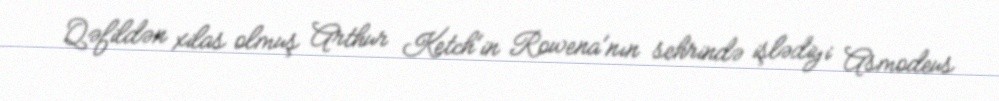
Qəfildən xilas olmuş Arthur Ketch'in Rowena'nın sehrində işlədiyi Asmodeus